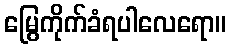
မြွေကိုက်ခံရပါလေရော။